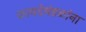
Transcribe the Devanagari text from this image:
कायदेमंडळांना